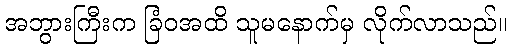
အဘွားကြီးက ခြံဝအထိ သူမနောက်မှ လိုက်လာသည်။